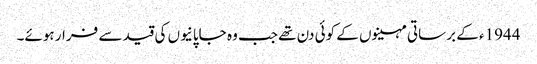
1944ء کے برساتی مہینوں کے کوئی دن تھے جب وہ جاپانیوں کی قید سے فرار ہوئے۔